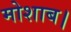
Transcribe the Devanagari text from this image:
मोशाब।